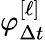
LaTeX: \varphi_{\Delta{t}}^{[\ell]}